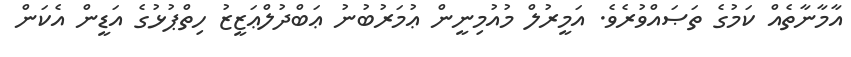
އާމާނާތެއް ކަމުގެ ތަޞައްވުރެވެ. އަމީރުލް މުއުމިނީން ޢުމަރުބުނު ޢަބްދުލްޢަޒީޒު ހިތްޕުޅުގެ އަޑީން އެކަން